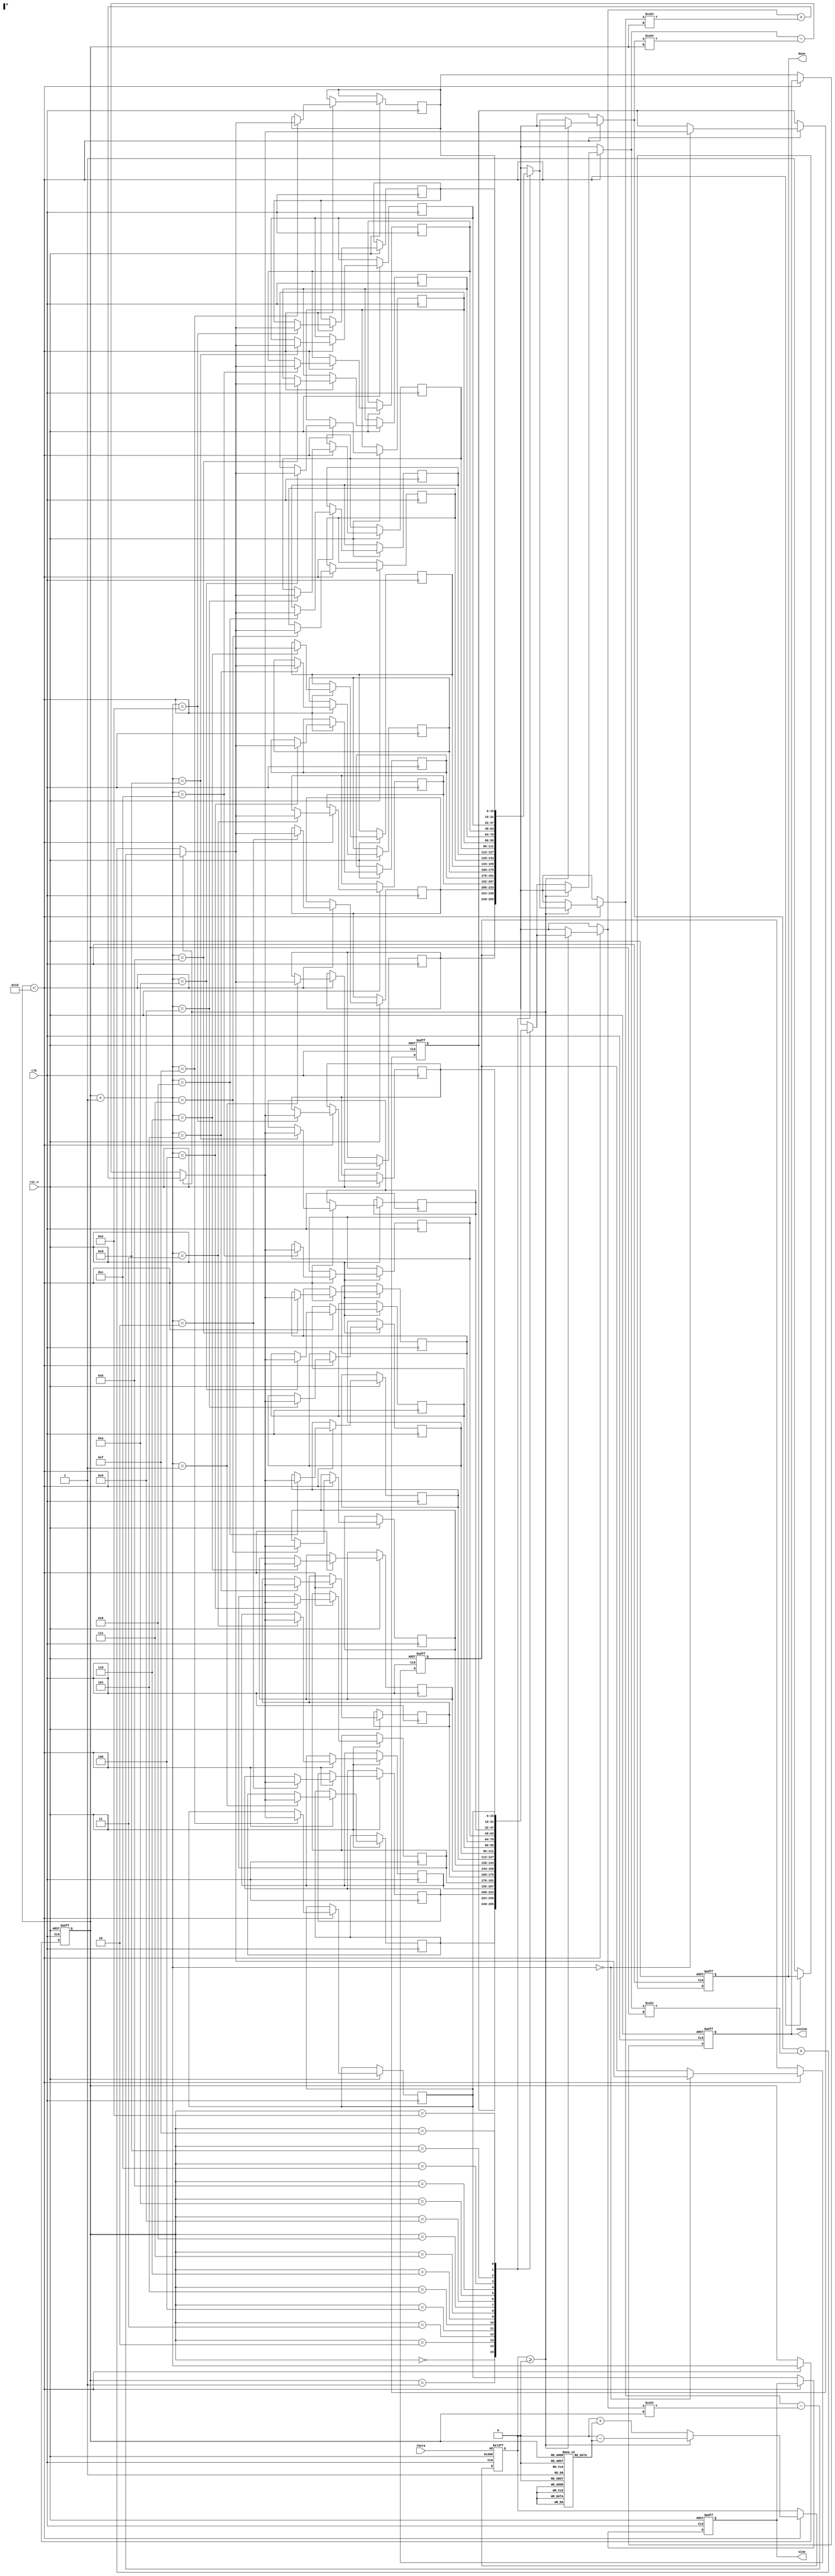
module CORDIC(
    input clk,
    input rst_n,
    input [15:0] theta,    // Fixed-point angle input (16 bits)
    output reg [15:0] sine, // Sine output (16 bits)
    output reg [15:0] cosine, // Cosine output (16 bits)
    output reg done        // Completion flag
);
    
    // Constants
    localparam NUM_ITERATIONS = 16; // Number of iterations for precision
    reg signed [15:0] x[0:NUM_ITERATIONS-1]; // X values
    reg signed [15:0] y[0:NUM_ITERATIONS-1]; // Y values
    reg signed [15:0] z[0:NUM_ITERATIONS-1]; // Angle values
    reg signed [15:0] angle_table[0:NUM_ITERATIONS-1]; // Arctan values
    
    // Initial vector
    initial begin
        x[0] = 16'h0100; // 1.0 in fixed-point format
        y[0] = 16'h0000; // 0.0
        done = 0;
        
        // Precomputed arctangent values (in fixed-point format)
        angle_table[0] = 16'h3FFF; // atan(2^0) = /4
        angle_table[1] = 16'h1C71; // atan(2^-1)
        angle_table[2] = 16'h0D6D; // atan(2^-2)
        angle_table[3] = 16'h05A8; // atan(2^-3)
        angle_table[4] = 16'h028C; // atan(2^-4)
        angle_table[5] = 16'h0142; // atan(2^-5)
        angle_table[6] = 16'h00A2; // atan(2^-6)
        angle_table[7] = 16'h0051; // atan(2^-7)
        angle_table[8] = 16'h0028; // atan(2^-8)
        angle_table[9] = 16'h0014; // atan(2^-9)
        angle_table[10] = 16'h000A; // atan(2^-10)
        angle_table[11] = 16'h0005; // atan(2^-11)
        angle_table[12] = 16'h0002; // atan(2^-12)
        angle_table[13] = 16'h0001; // atan(2^-13)
        angle_table[14] = 16'h0001; // atan(2^-14)
        angle_table[15] = 16'h0000; // atan(2^-15)
    end

    // CORDIC computation
    reg [3:0] i; // Iteration counter
    reg signed [15:0] z_current; // Current angle
    reg signed [15:0] x_temp, y_temp; // Temporary registers for coodrinates

    always @(posedge clk or negedge rst_n) begin
        if (!rst_n) begin
            sine <= 0;
            cosine <= 0;
            done <= 0;
            i <= 0;
            z_current <= theta;
            x[0] <= 16'h0100; // Initial x = 1.0
            y[0] <= 16'h0000; // Initial y = 0.0
        end else if (i < NUM_ITERATIONS) begin
            // Determine direction
            if (z_current >= 0) begin
                z_current <= z_current - angle_table[i];
                // Perform the rotation
                x_temp = x[i] - (y[i] >>> i); 
                y_temp = y[i] + (x[i] >>> i);
            end else begin
                z_current <= z_current + angle_table[i];
                // Perform the rotation
                x_temp = x[i] + (y[i] >>> i);
                y_temp = y[i] - (x[i] >>> i);
            end
            
            // Update values for next iteration
            x[i+1] <= x_temp;
            y[i+1] <= y_temp;
            i <= i + 1;
        end else begin
            // Output sine and cosine
            sine <= y[NUM_ITERATIONS-1]; // Final Y value is sine
            cosine <= x[NUM_ITERATIONS-1]; // Final X value is cosine
            done <= 1; // Signal completion
        end
    end
endmodule